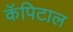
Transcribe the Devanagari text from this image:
कॅपिटाल